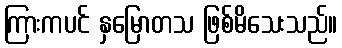
ကြားကပင် နှမြောတသ ဖြစ်မိသေးသည်။